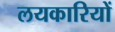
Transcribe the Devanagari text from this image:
लयकारियों